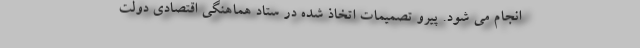
انجام می شود. پیرو تصمیمات اتخاذ شده در ستاد هماهنگی اقتصادی دولت